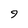
Character: 9